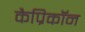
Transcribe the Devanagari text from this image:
कैप्रिकॉन